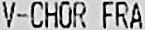
V-CHOR FRA